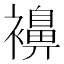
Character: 襣